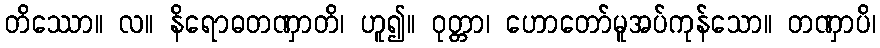
တိဿော။ လ။ နိရောဓတဏှာတိ၊ ဟူ၍။ ဝုတ္တာ၊ ဟောတော်မူအပ်ကုန်သော။ တဏှာပိ၊